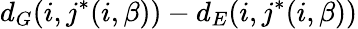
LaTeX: d_{G}(i,j^{\ast}(i,\beta))-d_{E}(i,j^{\ast}(i,\beta))